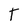
Character: T